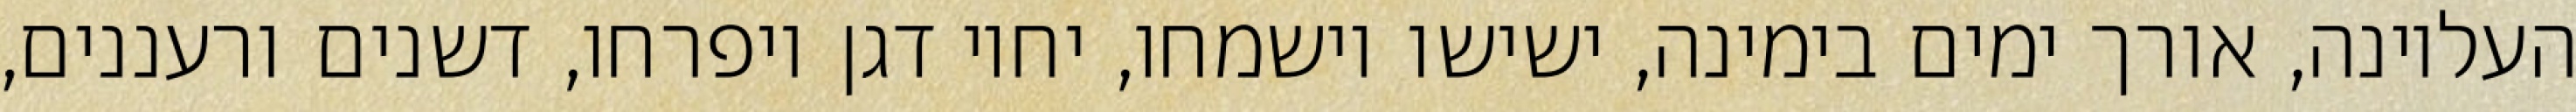
העליונה, אורך ימים בימינה, ישישו וישמחו, יחיו דגן ויפרחו, דשנים ורעננים,